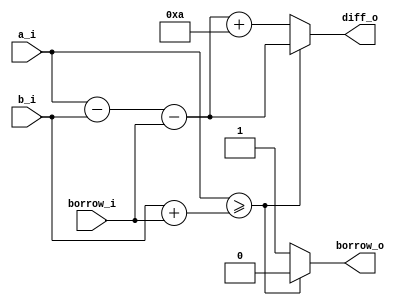
`timescale 1ns / 1ns

module bcd_subtractor(input [3:0] a_i, input [3:0] b_i, output reg [3:0] diff_o, input borrow_i, output reg borrow_o);
    always @* begin
        if(a_i >= b_i + borrow_i) begin
            diff_o <= a_i - b_i - borrow_i;
            borrow_o <= 0;
        end
        else begin
            diff_o <= a_i - b_i - borrow_i + 5'd10;
            borrow_o <= 1;
        end      
    end
endmodule